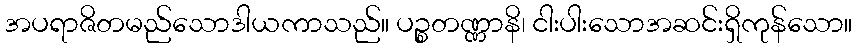
အပရာဇိတမည်သောဒါယကာသည်။ ပဉ္စတဏ္ဏာနိ၊ ငါးပါးသောအဆင်းရှိကုန်သော။